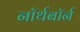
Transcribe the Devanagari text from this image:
नॉर्थबॉर्न